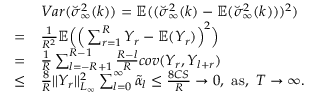
\begin{array} { r l } & { V a r ( \breve { \sigma } _ { \infty } ^ { 2 } ( k ) ) = \mathbb { E } ( ( \breve { \sigma } _ { \infty } ^ { 2 } ( k ) - \mathbb { E } ( \breve { \sigma } _ { \infty } ^ { 2 } ( k ) ) ) ^ { 2 } ) } \\ { = } & { \frac { 1 } { R ^ { 2 } } \mathbb { E } \Big ( \Big ( \sum _ { r = 1 } ^ { R } Y _ { r } - \mathbb { E } ( Y _ { r } ) \Big ) ^ { 2 } \Big ) } \\ { = } & { \frac { 1 } { R } \sum _ { l = - R + 1 } ^ { R - 1 } \frac { R - l } { R } c o v ( Y _ { r } , Y _ { l + r } ) } \\ { \le } & { \frac { 8 } { R } \vert \vert Y _ { r } \vert \vert _ { L _ { \infty } } ^ { 2 } \sum _ { l = 0 } ^ { \infty } \widetilde { \alpha } _ { l } \le \frac { 8 C S } { R } \rightarrow 0 , \ \mathrm { a s } , \ T \rightarrow \infty . } \end{array}